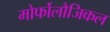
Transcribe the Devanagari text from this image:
मोर्फोलौजिकल